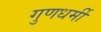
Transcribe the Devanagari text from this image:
गुणधर्मी